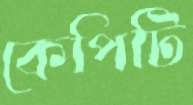
কেপিটি